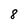
Character: 8